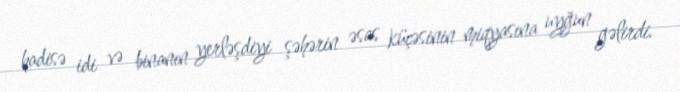
hadisə idi və binanın yerləşdiyi şəhərin əsas küçəsinin miqyasına uyğun gəlirdi.